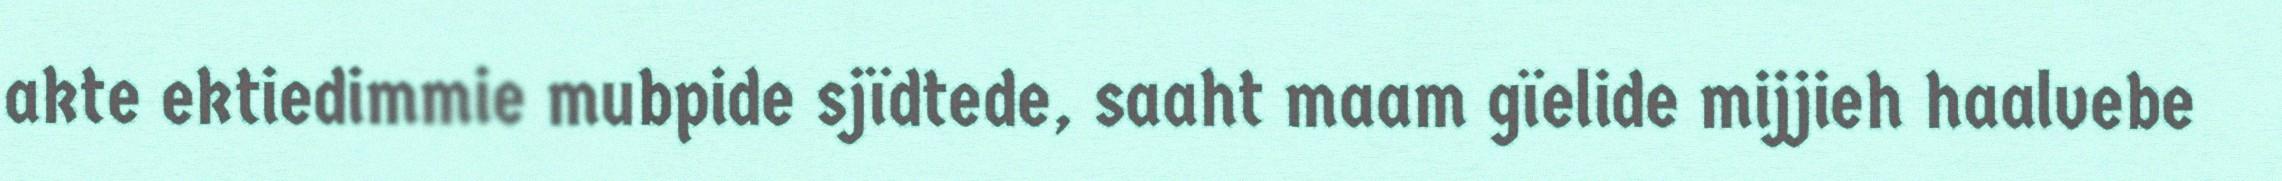
akte ektiedimmie mubpide sjïdtede, saaht maam gïelide mijjieh haalvebe